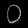
Digit: ၀